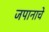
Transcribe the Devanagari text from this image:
जपानाचे